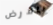
بالارض